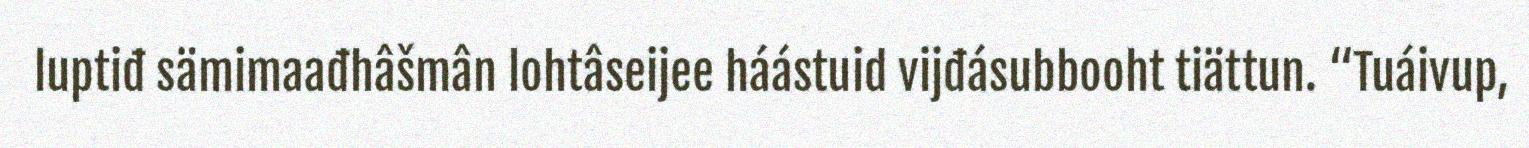
luptiđ sämimaađhâšmân lohtâseijee háástuid vijđásubbooht tiättun. “Tuáivup,